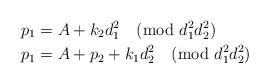
LaTeX: \begin{align*}p_1 & = A + k_2 d_1^2 \pmod{d_1^2 d_2^2} \\p_1 & = A + p_2 + k_1 d_2^2 \pmod{d_1^2 d_2^2} \end{align*}